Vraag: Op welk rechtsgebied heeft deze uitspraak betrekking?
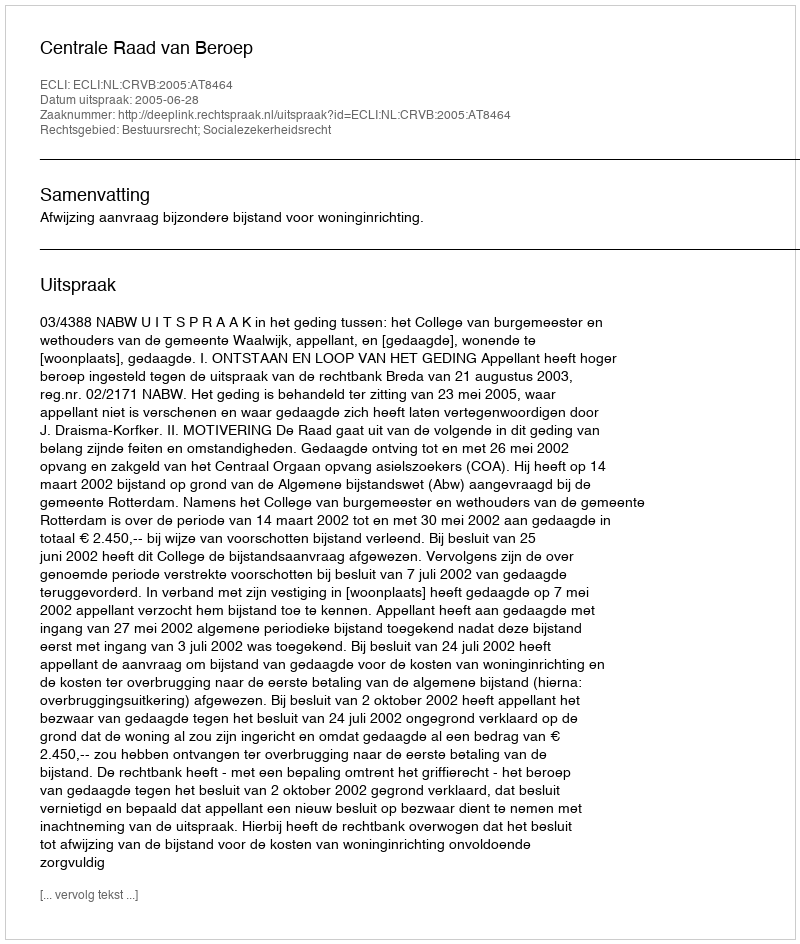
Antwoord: Bestuursrecht; Socialezekerheidsrecht